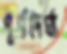
পূর্ণদের্ঘ্য